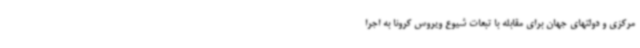
مرکزی و دولتهای جهان برای مقابله با تبعات شیوع ویروس کرونا به اجرا